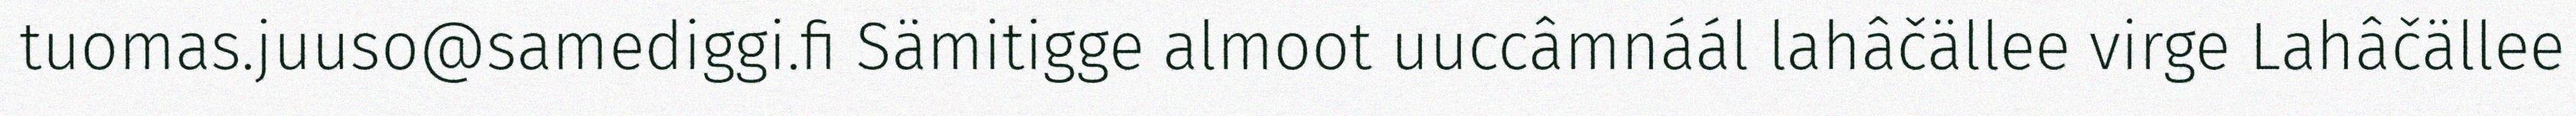
tuomas.juuso@samediggi.fi Sämitigge almoot uuccâmnáál lahâčällee virge Lahâčällee